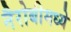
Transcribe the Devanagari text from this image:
नैरोबीमध्ये